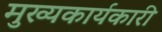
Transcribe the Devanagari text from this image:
मुख्यकार्यकारी